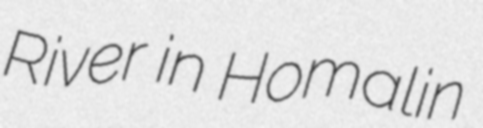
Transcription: River in Homalin